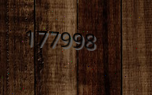
177998